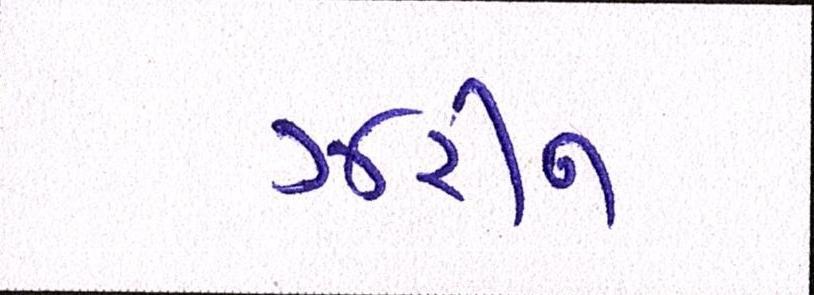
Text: ઝરીન